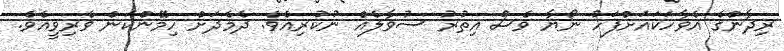
ރިދާންގެ އެވާހަކައަށްފަހު ނޯޔާ ވެސް އިތުރު ސުވާލެއް ނުކުރިއެވެ. ދެމެދަށް ހިމޭންކަން ވެރިވީއެވެ.